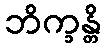
ဘိက္ခန္တိ